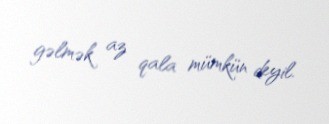
gəlmək az qala mümkün deyil.